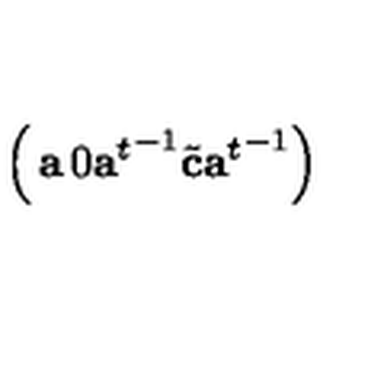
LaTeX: \left( \begin{matrix} { { \bf a } } & { { 0 } } \\ { { { \bf a } ^ { t } } ^ { - 1 } { \tilde { \bf c } } } & { { { \bf a } ^ { t } } ^ { - 1 } } \\ \end{matrix} \right)